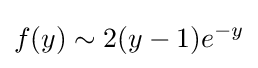
f(y)\sim 2(y-1)e^{-y}